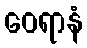
ဝေရာနံ